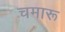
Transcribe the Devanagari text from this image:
चमारू